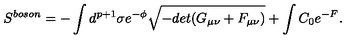
S ^ { b o s o n } = - \int d ^ { p + 1 } \sigma e ^ { - \phi } \sqrt { - d e t ( G _ { \mu \nu } + F _ { \mu \nu } ) } + \int C _ { 0 } e ^ { - F } .